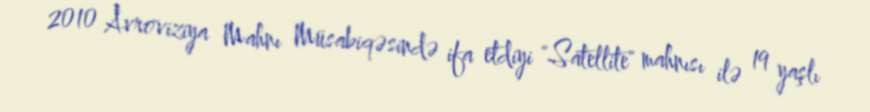
2010 Avroviziya Mahnı Müsabiqəsində ifa etdiyi "Satellite" mahnısı ilə 19 yaşlı